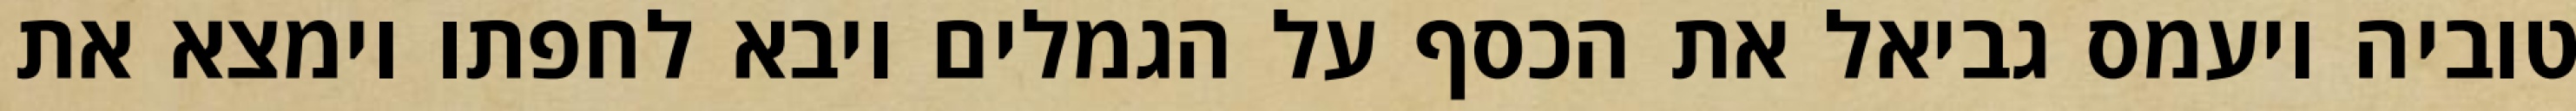
טוביה ויעמס גביאל את הכסף על הגמלים ויבא לחפתו וימצא את